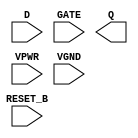
module sky130_fd_sc_hs__dlrtp (
    RESET_B,
    D      ,
    GATE   ,
    Q      ,
    VPWR   ,
    VGND
);

    input  RESET_B;
    input  D      ;
    input  GATE   ;
    output Q      ;
    input  VPWR   ;
    input  VGND   ;
endmodule